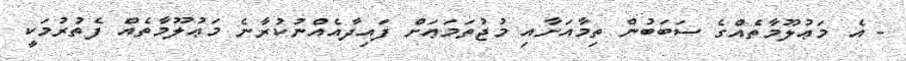
- އެ މަޢުލޫމާތެއްގެ ސަބަބުން ތިމާއަށާއި މުޖުތަމަޢަށް ފައިދާއެއްނުކުރާނެ މަޢުލޫމާތެއް ފެތުރުމަކީ